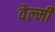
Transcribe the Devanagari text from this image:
वेल्मी